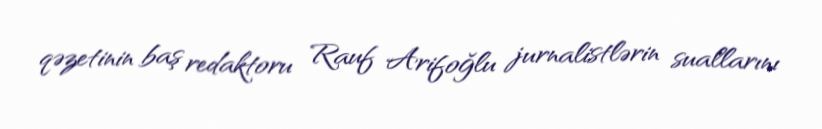
qəzetinin baş redaktoru Rauf Arifoğlu jurnalistlərin suallarını